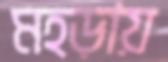
মহড়ায়